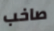
صاخب